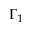
\Gamma _ { 1 }